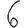
Digit: 6